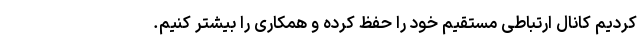
کردیم کانال ارتباطی مستقیم خود را حفظ کرده و همکاری را بیشتر کنیم.